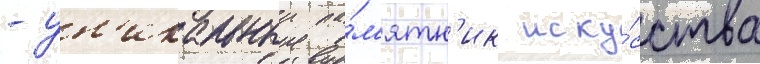
- ун'икальныи па́м'ятн'ик иску́сства